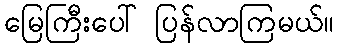
မြေကြီးပေါ် ပြန်လာကြမယ်။